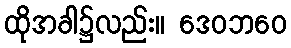
ထိုအခါ၌လည်း။ ဒေဝဘဝေ